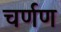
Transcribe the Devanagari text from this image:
चर्णण